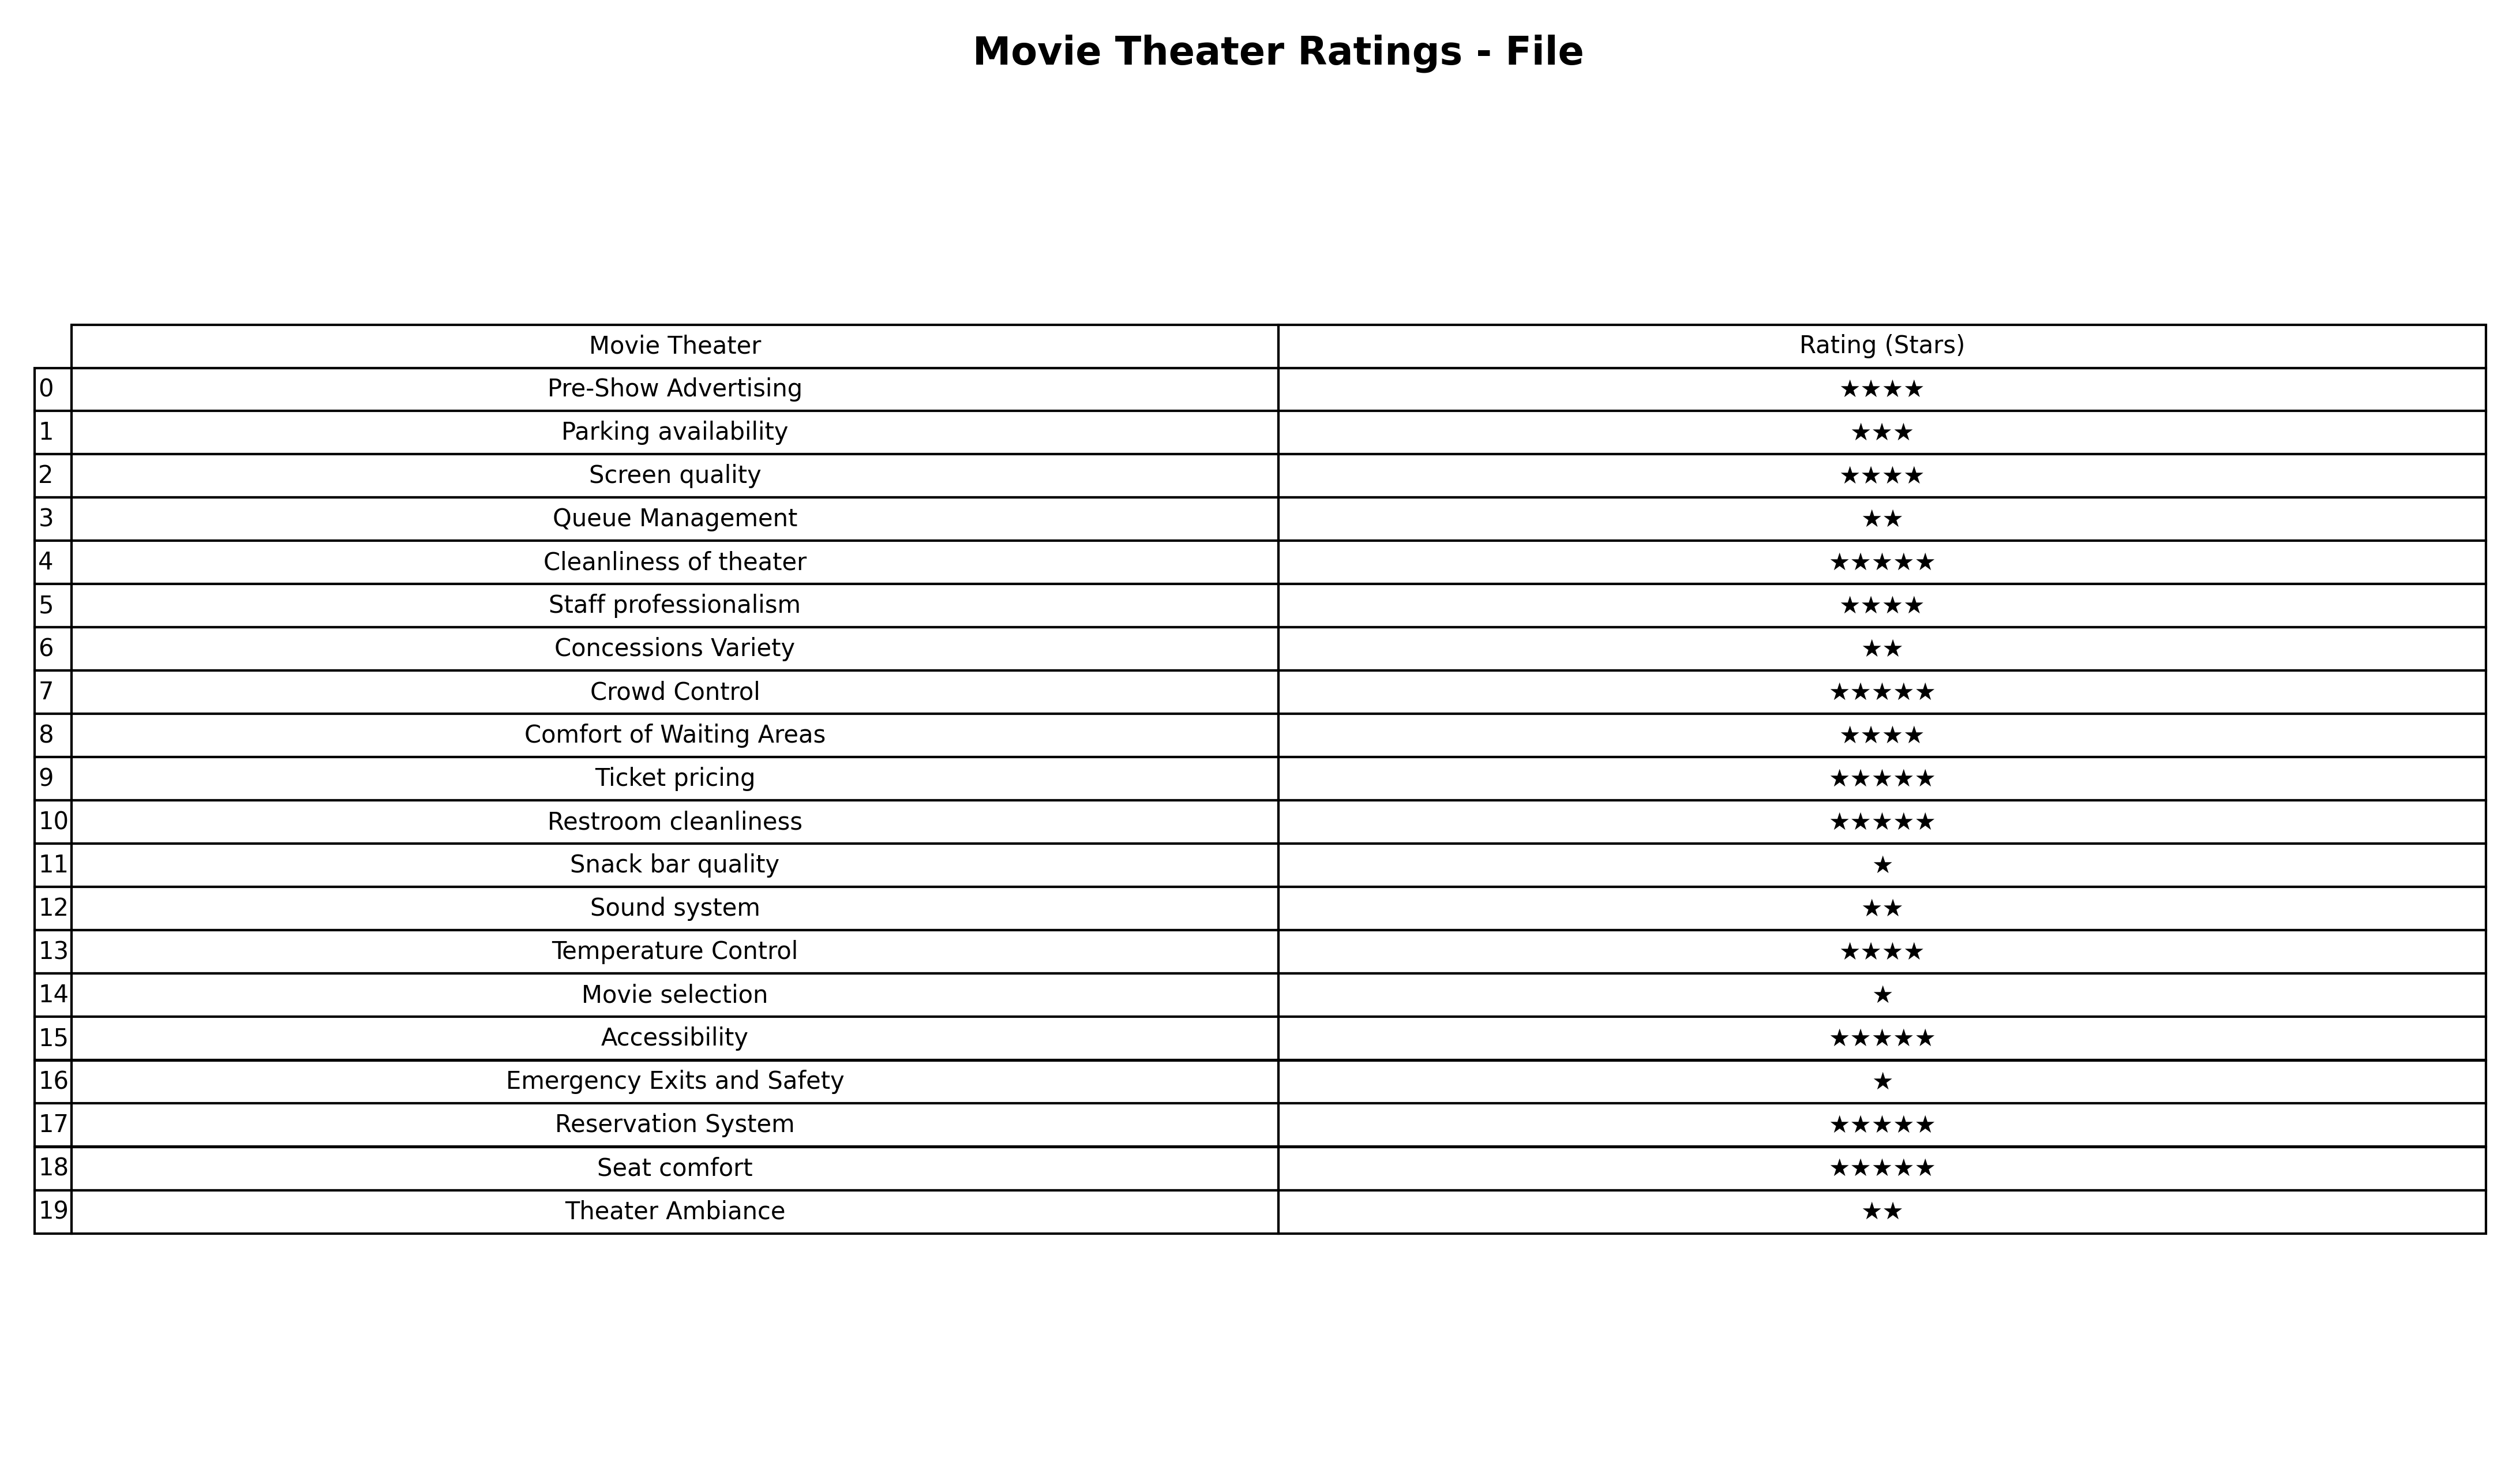
question: What is the rating of Seat comfort?
answer: ★★★★★